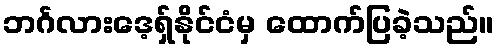
ဘင်္ဂလားဒေ့ရှ်နိုင်ငံမှ ထောက်ပြခဲ့သည်။